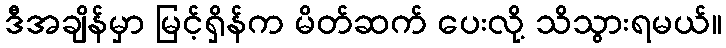
ဒီအချိန်မှာ မြင့်ရှိန်က မိတ်ဆက် ပေးလို့ သိသွားရမယ်။